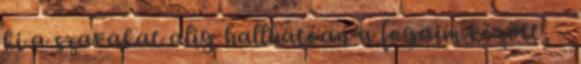
ki a szavakat alig hallhatóan a fogaim között, -